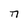
Character: n